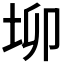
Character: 𡊧